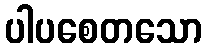
ပါပစေတသော